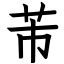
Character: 芾